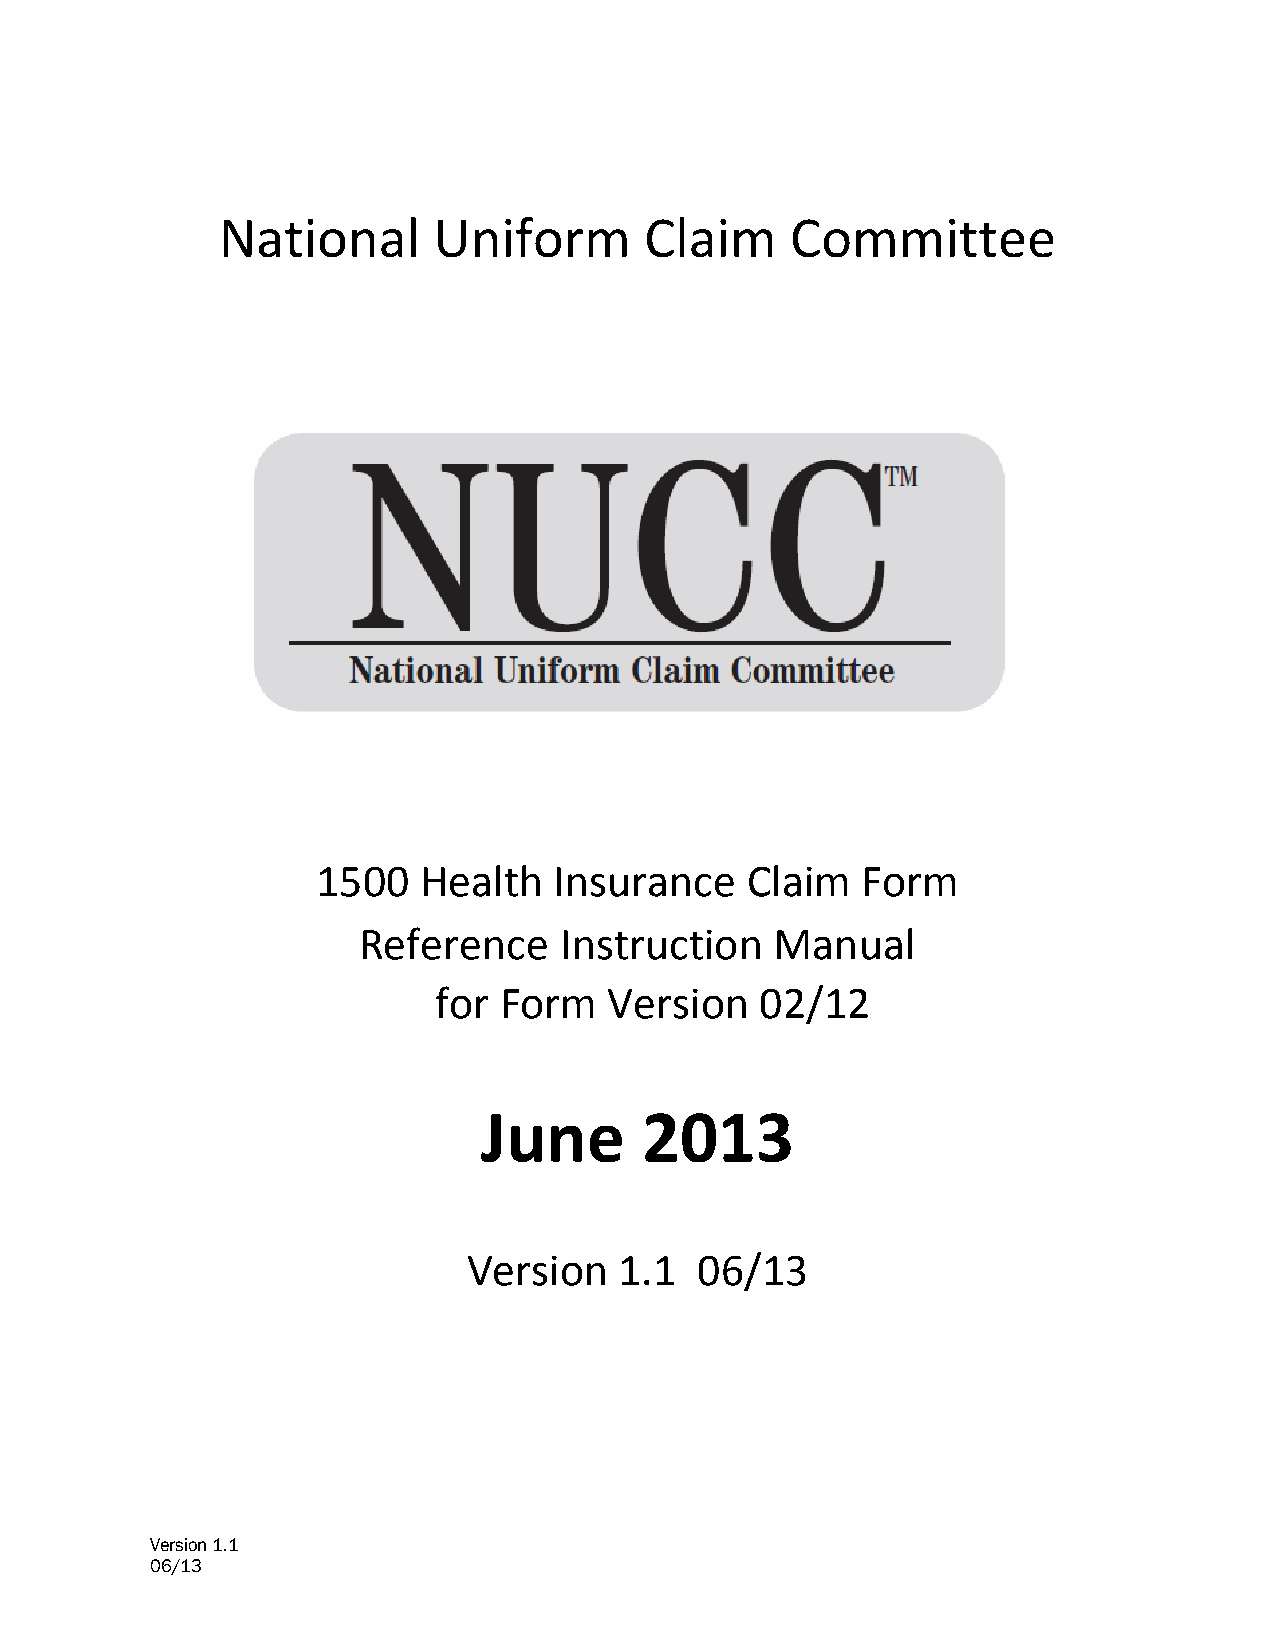
National       Uniform       Claim    Committee
 1500   Health   Insurance   Claim   Form
 Reference    Instruction   Manual
 for Form   Version   02/12
 June       2013
 Version   1.1  06/13
 Version 1.1
 06/13